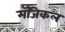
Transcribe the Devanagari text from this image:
मॅजिकल